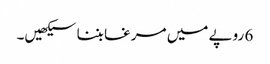
6 روپے میں مرغا بننا سیکھیں۔